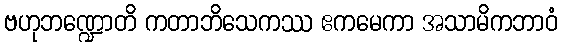
ဗဟုဘဏ္ဍောတိ ကတာဘိသေကဿ ဧကမေကာ အသာမိကဘာဝံ